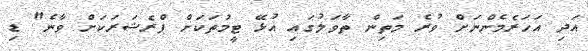
އަދި އަހަރެމެންނަށް ވުރެ މަތިން ތާވަލުގައި އުޅޭ ޓީމުތަކަށް ޕްރެޝަރަކަށް ވާނެ" ޑި